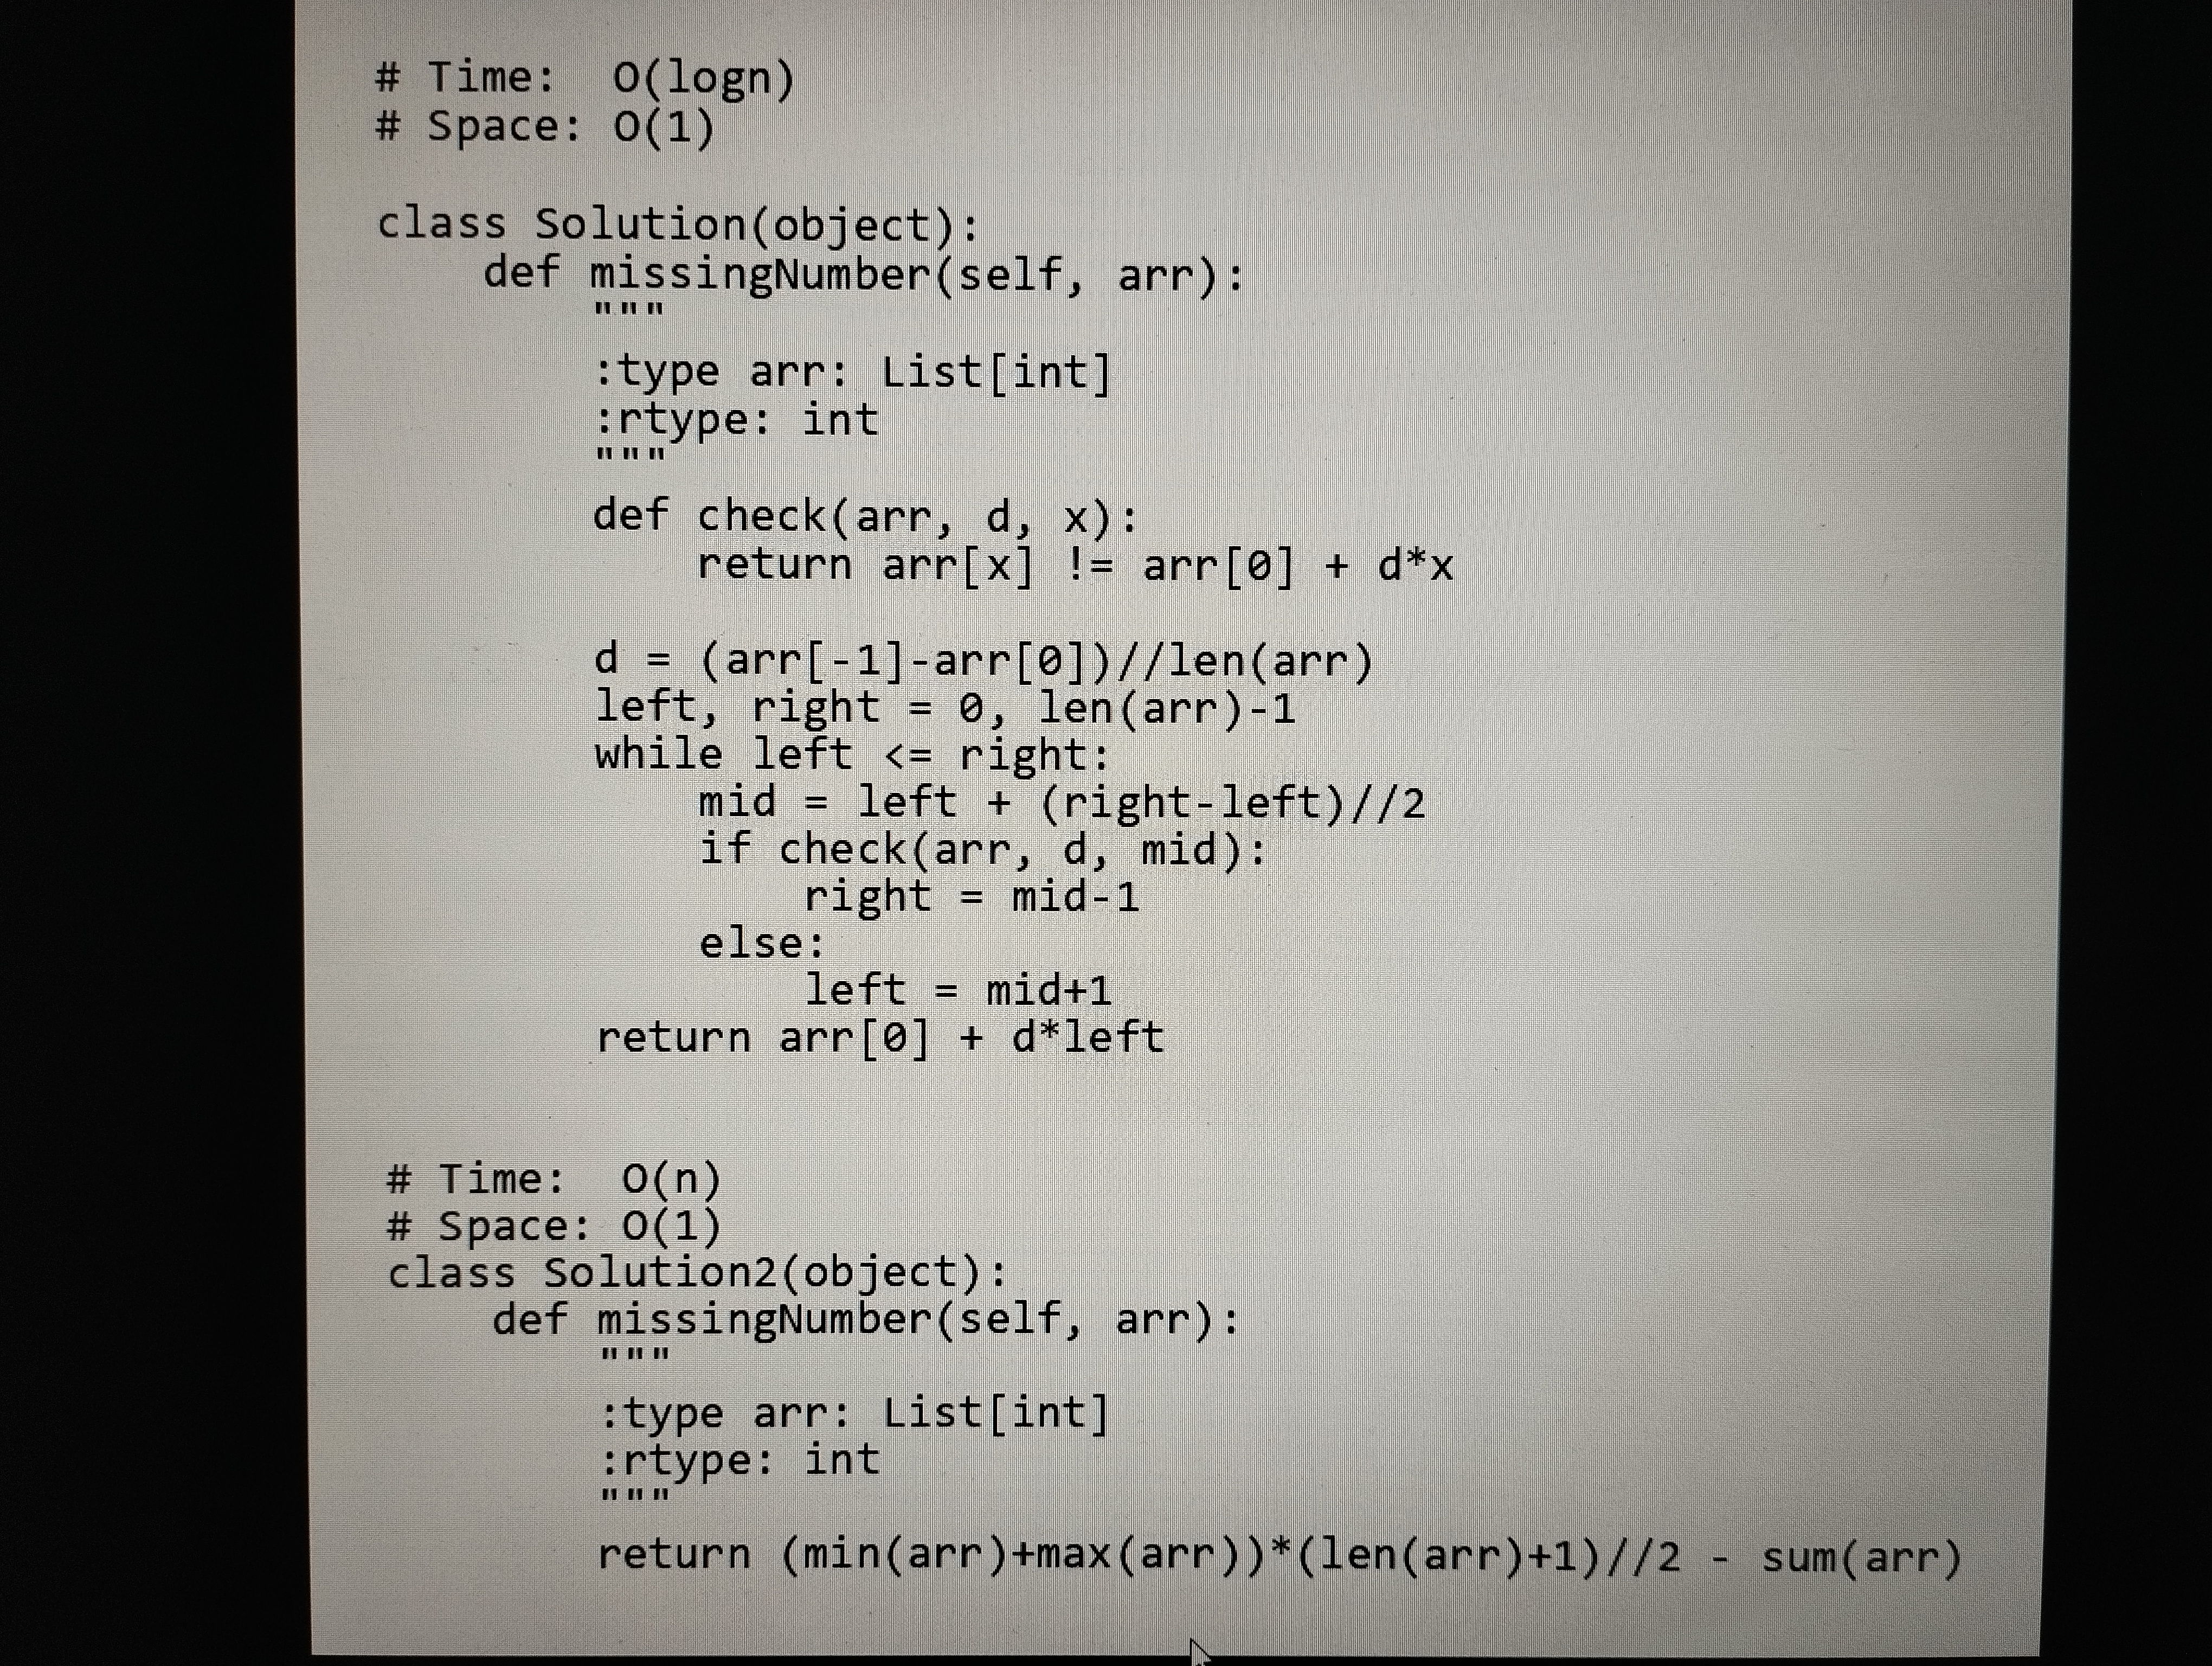
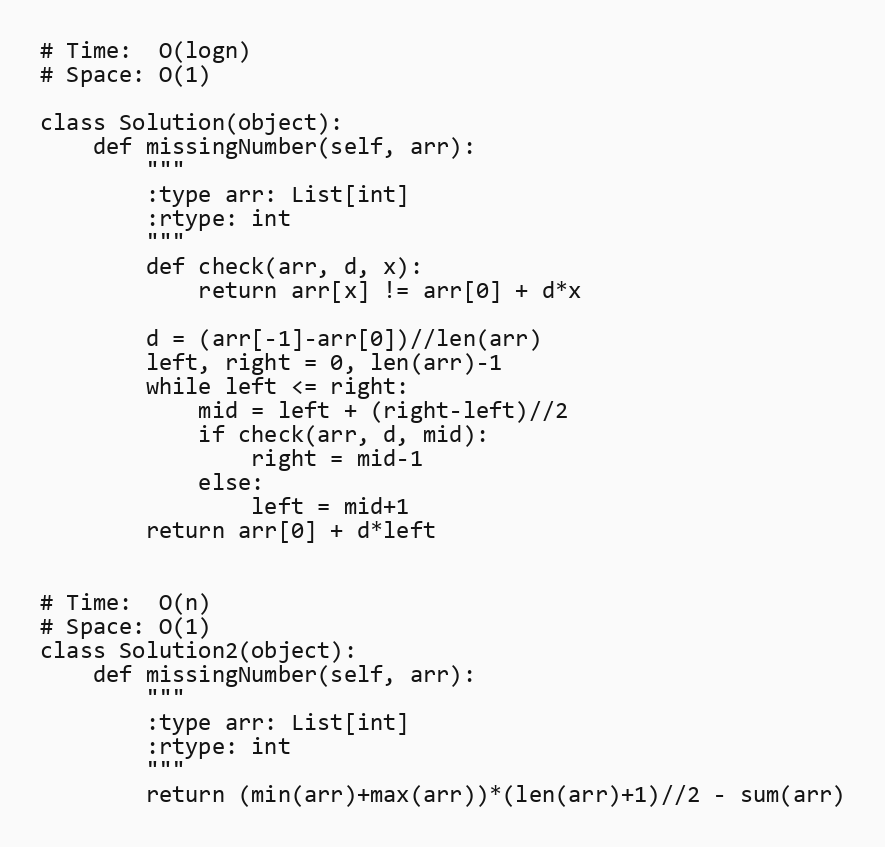
# Time:  O(logn)
# Space: O(1)

class Solution(object):
    def missingNumber(self, arr):
        """
        :type arr: List[int]
        :rtype: int
        """
        def check(arr, d, x):
            return arr[x] != arr[0] + d*x

        d = (arr[-1]-arr[0])//len(arr)
        left, right = 0, len(arr)-1
        while left <= right:
            mid = left + (right-left)//2
            if check(arr, d, mid):
                right = mid-1
            else:
                left = mid+1
        return arr[0] + d*left

# Time:  O(n)
# Space: O(1)
class Solution2(object):
    def missingNumber(self, arr):
        """
        :type arr: List[int]
        :rtype: int
        """
        return (min(arr)+max(arr))*(len(arr)+1)//2 - sum(arr)